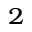
^ 2